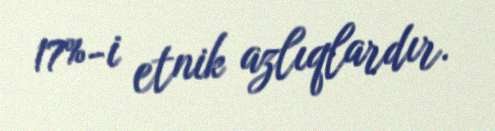
17%-i etnik azlıqlardır.